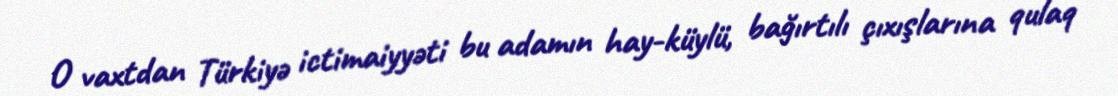
O vaxtdan Türkiyə ictimaiyyəti bu adamın hay-küylü, bağırtılı çıxışlarına qulaq